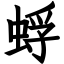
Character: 蜉